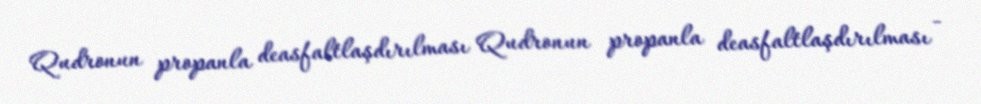
Qudronun propanla deasfaltlaşdırılması Qudronun propanla deasfaltlaşdırılması -